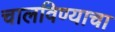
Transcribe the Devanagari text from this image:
चालविण्‍याचा